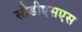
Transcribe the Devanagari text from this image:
सीडीएसएस